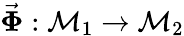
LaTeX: \vec{\mathbf\Phi}:\mathcal{M}_{1}\rightarrow\mathcal{M}_{2}